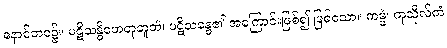
နောင်ဘဝ၌။ ပဋိသန္ဓိဟေတုဘူတံ၊ ပဋိသန္ဓေ၏ အကြောင်းဖြစ်၍ ဖြစ်သော။ ကမ္မံ၊ ကုသိုလ်ကံ